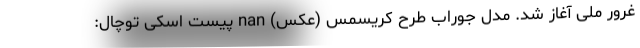
غرور ملی آغاز شد. مدل جوراب طرح کریسمس (عکس) nan پیست اسکی توچال: